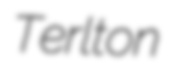
Terlton